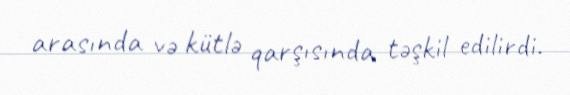
arasında və kütlə qarşısında təşkil edilirdi.